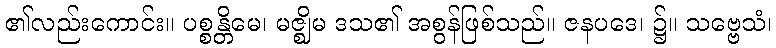
၏လည်းကောင်း။ ပစ္စန္တိမေ၊ မဇ္ဈိမ ဒသ၏ အစွန်ဖြစ်သည်။ ဇနပဒေ၊ ၌။ သဗ္ဗေသံ၊